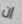
إن